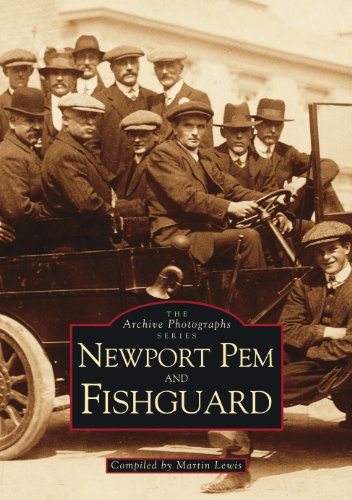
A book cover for Newport, Pem and Fishguard (Archive Photographs); Martin Lewis; Travel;